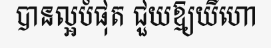
បានល្អបំផុត ជួយឱ្យយីហោ